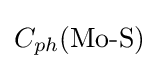
C_{ph}{\text{(Mo-S)}}